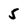
Character: 5